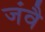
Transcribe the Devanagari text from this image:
जंवै